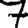
Digit: 7